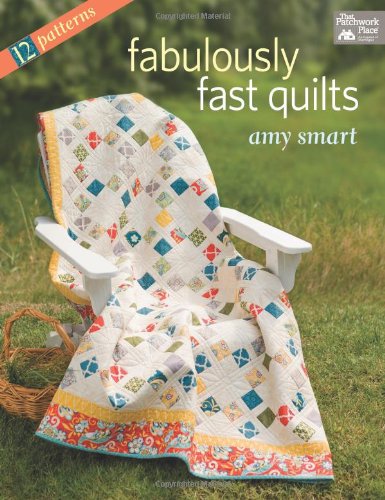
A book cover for Fabulously Fast Quilts; Amy Smart; Crafts, Hobbies & Home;